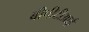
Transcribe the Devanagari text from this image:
बीपीटीआई